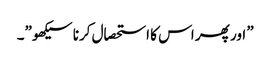
” اور پھر اس کا استحصال کرنا سیکھو”۔